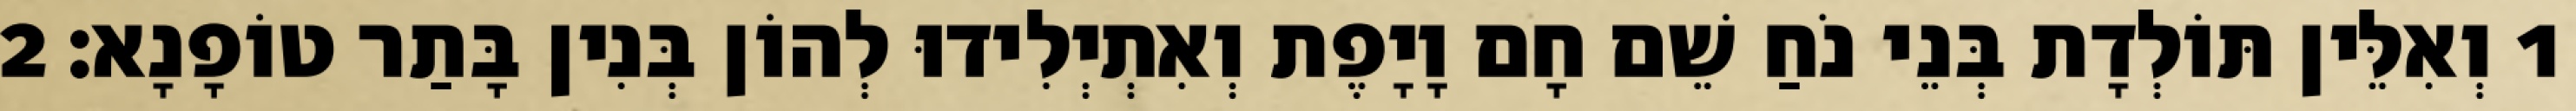
1 וְאִלֵּין תּוֹלְדָת בְּנֵי נֹחַ שֵׁם חָם וָיָפֶת וְאִתְיְלִידוּ לְהוֹן בְּנִין בָּתַר טוֹפָנָא׃ 2